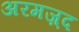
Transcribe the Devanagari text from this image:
अरमज़्द